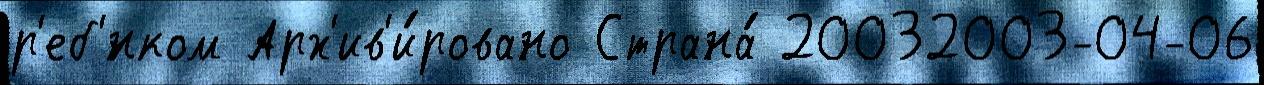
р'еб'́нком Арх'ив'и́ровано Страна́ 20032003-04-06